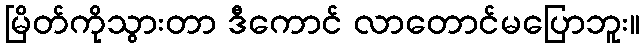
မြိတ်ကိုသွားတာ ဒီကောင် လာတောင်မပြောဘူး။